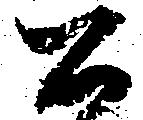
公